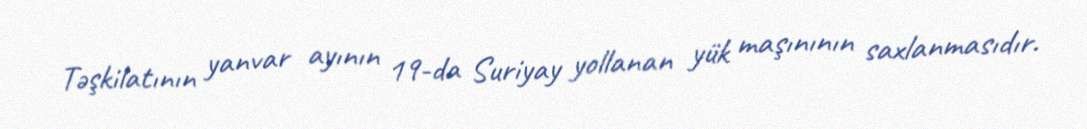
Təşkilatının yanvar ayının 19-da Suriyay yollanan yük maşınının saxlanmasıdır.